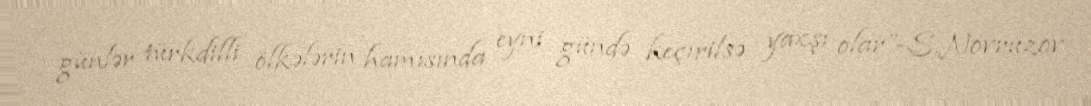
günlər türkdilli ölkələrin hamısında eyni gündə keçirilsə yaxşı olar”-S.Novruzov